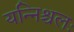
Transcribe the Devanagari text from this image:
यन्निश्चलः